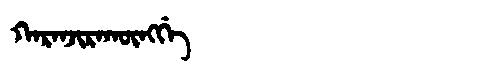
Manchu: ᡴᠠᡵᠠᠨᠵᡳᡵᠠᡴᡡᠩᡤᡝ
Romanization: KARANJIRAKŪNGGE